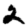
Digit: 2